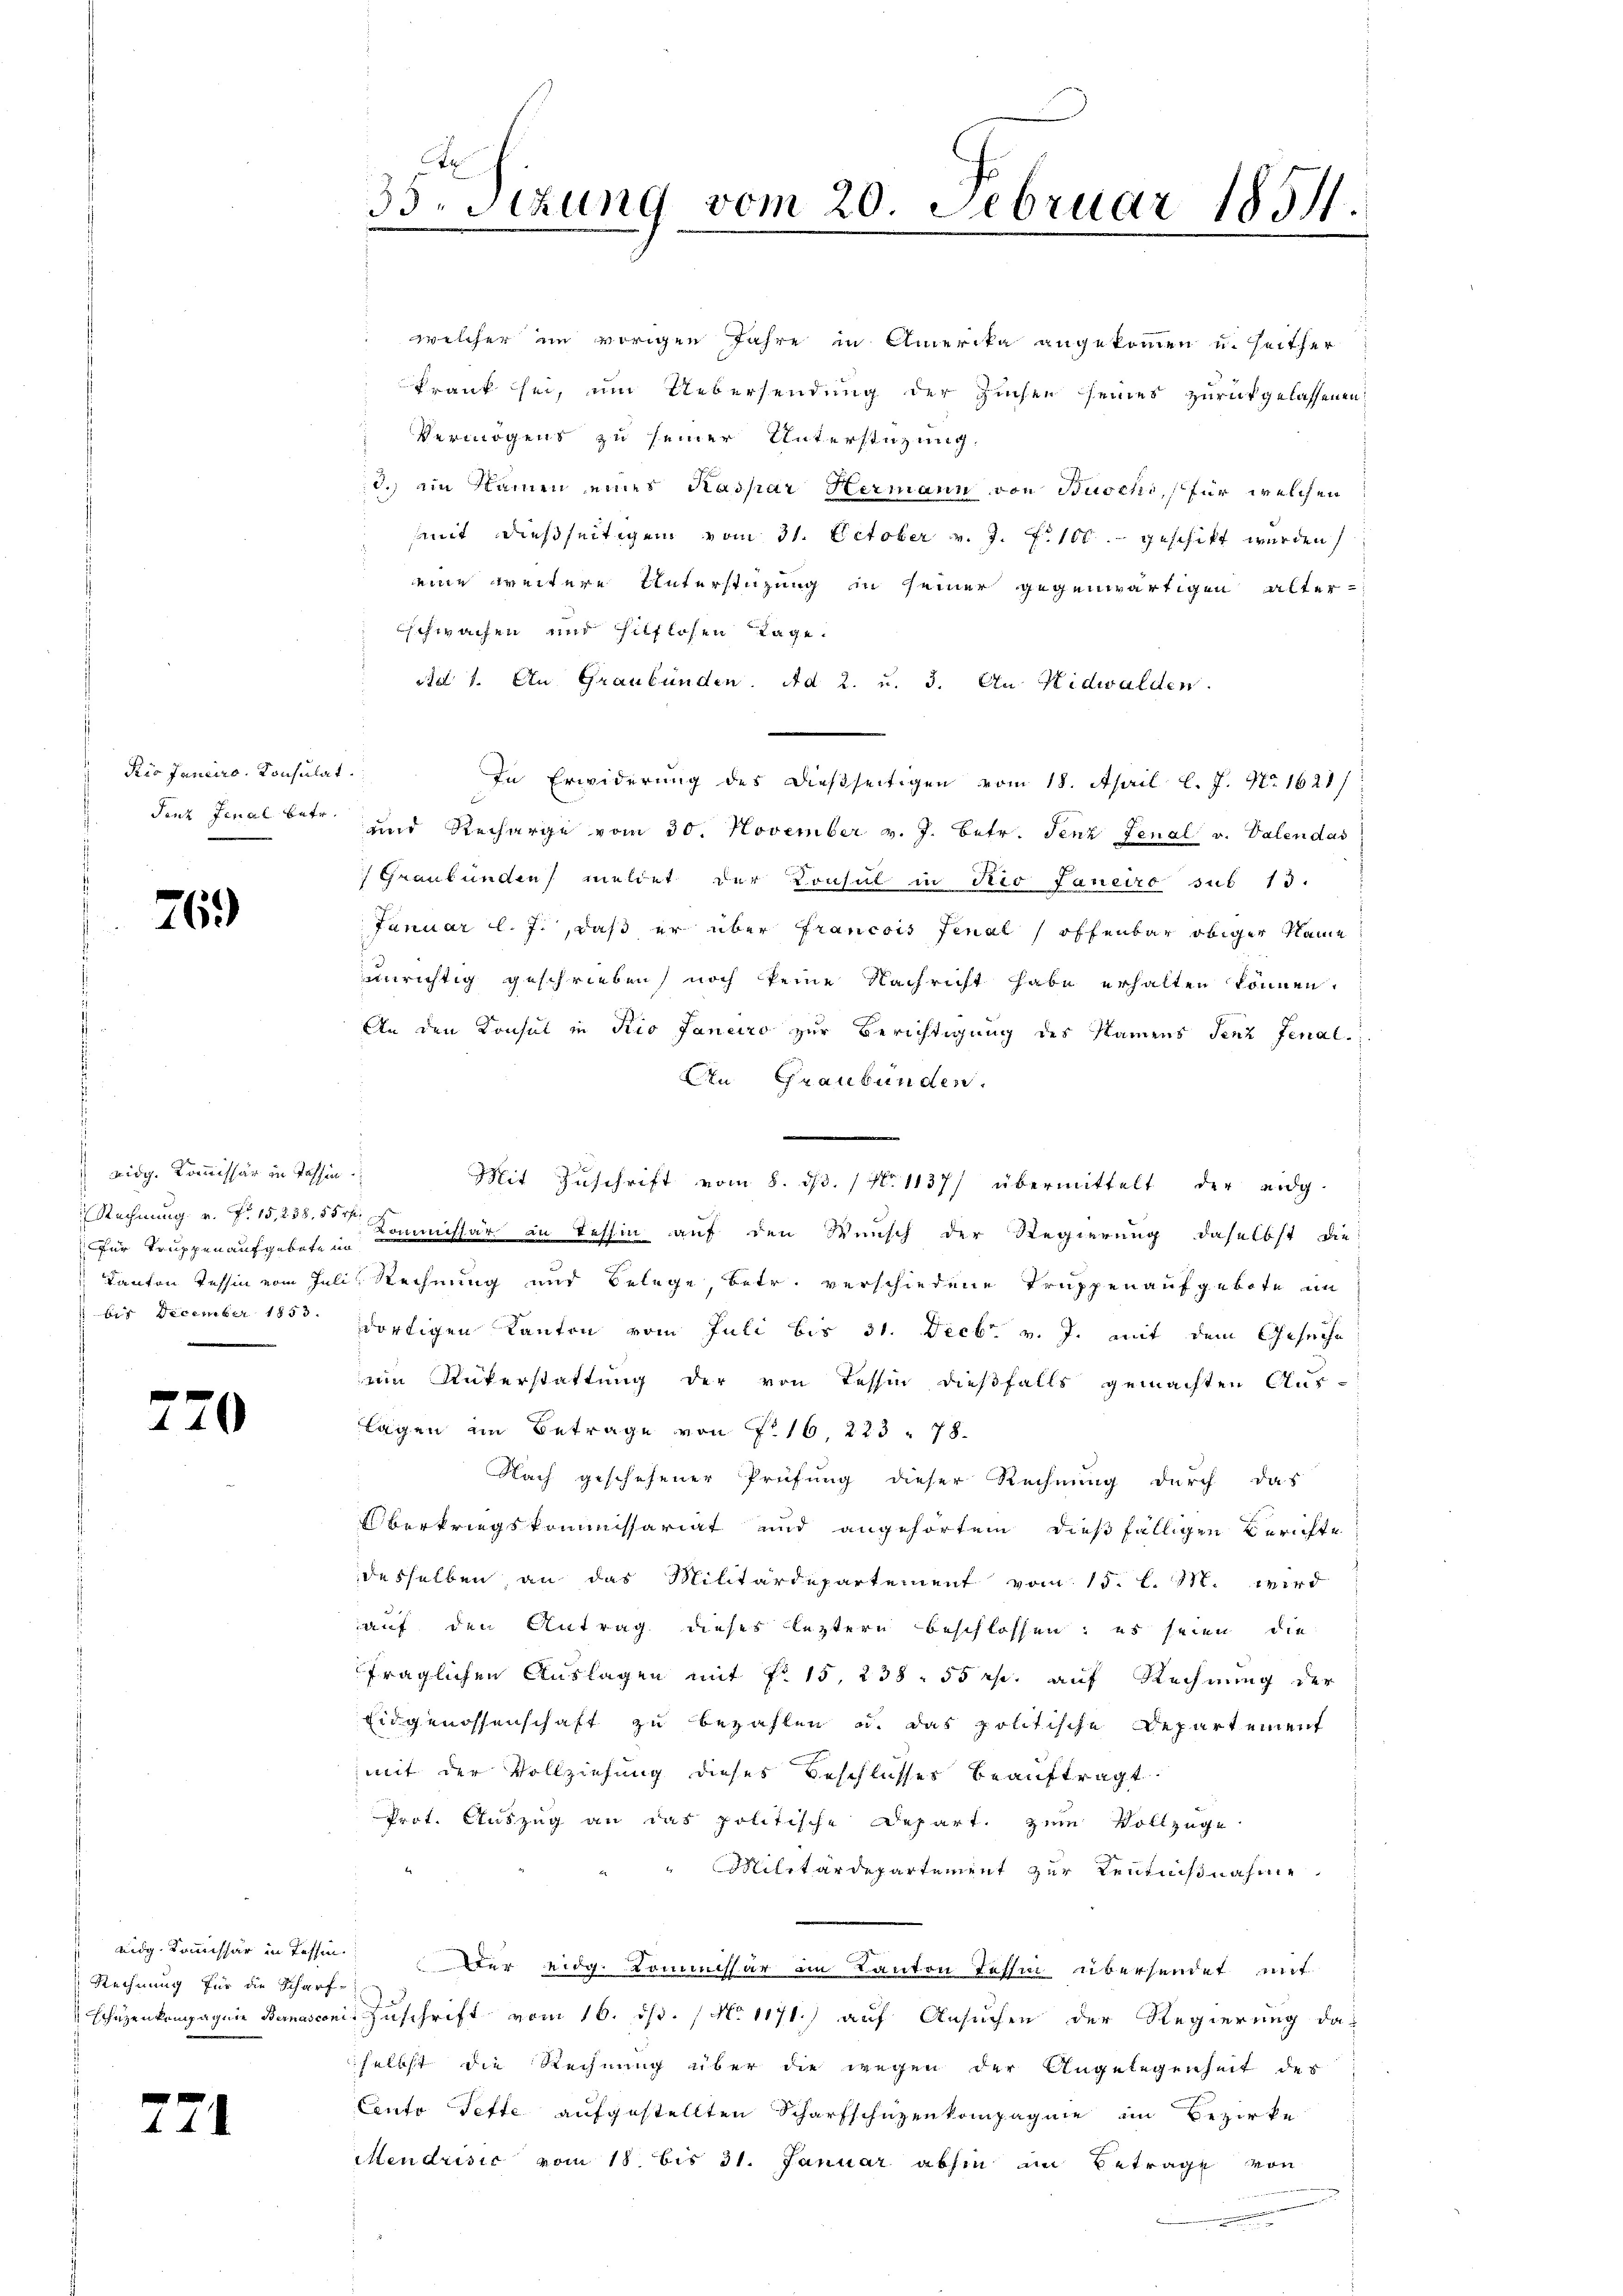
Kio Janeiro Consulat.

76.)

vidg. Kommissär in Tessin
(für Truppenaufgebote in
bis December 1853.

Rechnung für die Scharf
Schüzenkompagnie Bernasco

221

20

x
35 Stzung vom 20. Februar 1851.

welcher im vorigen Jahre in Amerika angekommen u. seither
krank sei, um Uebersendung der Zinsen seines zurückgelassenen
Vermögens zu seiner Unterstüzung.
d.) ein Namen eines Kaspar Hermann von Buschi, für welchen
mmit dießseitigen vom 31. October v. J. f. 100. geschikt wurden,
eine weitere Unterstüzung in seiner gegenwärtigen alterschwachen und hilflosen Tage.
Ad 1. An Graubünden. Ad 2. u. 3. An Nidwalden
In Erwiderung des dießseitigen vom 18. April l. J. No 1621/
Siez Jenal betr. und Recharge vom 30. November v. J. betr. Jenz Fenal v. Valen das
 Graubünden meldet der Consul in Rio Janeiro sub 13.
Januar l. J., daß er über francois Fenal offenbar obiger Name
unrichtig geschrieben, noch keine Nachricht habe erhalten können.
An den Konsul in Kio Janeiro zur Berichtigung des Namens senz Fenal
An Graubünden.
Mit Zuschrift vom 8. d. 1 No 1137/ übermittelt der eidg
Rechnung v. J. 15,238. 50 Kommissär in Tessin auf den Wunsch der Regierung daselbst die
Kanton Tessin vom Juli, Rechnung und Belege, betr. verschiedene Truppen aufgebote un
dortigen Kanton vom Juli bis 31. Decbr. v. J. mit dem Gesuche
um Rükerstattung der von Tessin dießfalls gemachten Aus-
lagen im Betrage von No 16, 223. 78.
Nach geschehener Prüfung dieser Rechnung durch das
Überkriegskommissariat und angehörten dießfälligen Berichte
desselben, an das Militärdepartement vom 15. l. 112. wird
auf den Antrag dieses leztern beschlossen; es seien die
fraglichen Auslagen mit No 15, 238. 55 rp. auf Rechnung der
Eidgenossenschaft zu bezahlen u. das politische Departement
mit der Vollziehung dieses Beschlusses beauftragt.
Prot. Auszug an das politische Depart. zum Vollzuge
Militärdepartement zur Kenntnißnahme
 eidg. Kommissär in Tessin der eidg. Kommissär im Kanton Tessin übersendet mit
f
ein Zuschrift vom 16. ds. No 1171) auf Ansuchen der Regierung das
selbst die Rechnung über die wegen der Angelegenheit des
Cento Fette aufgestellten Scharfschüzenkompagnie im Bezirke
Stendrisić vom 18. bis 31. Januar abhin in Betrage von